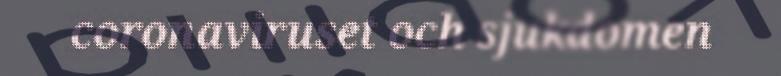
coronaviruset och sjukdomen